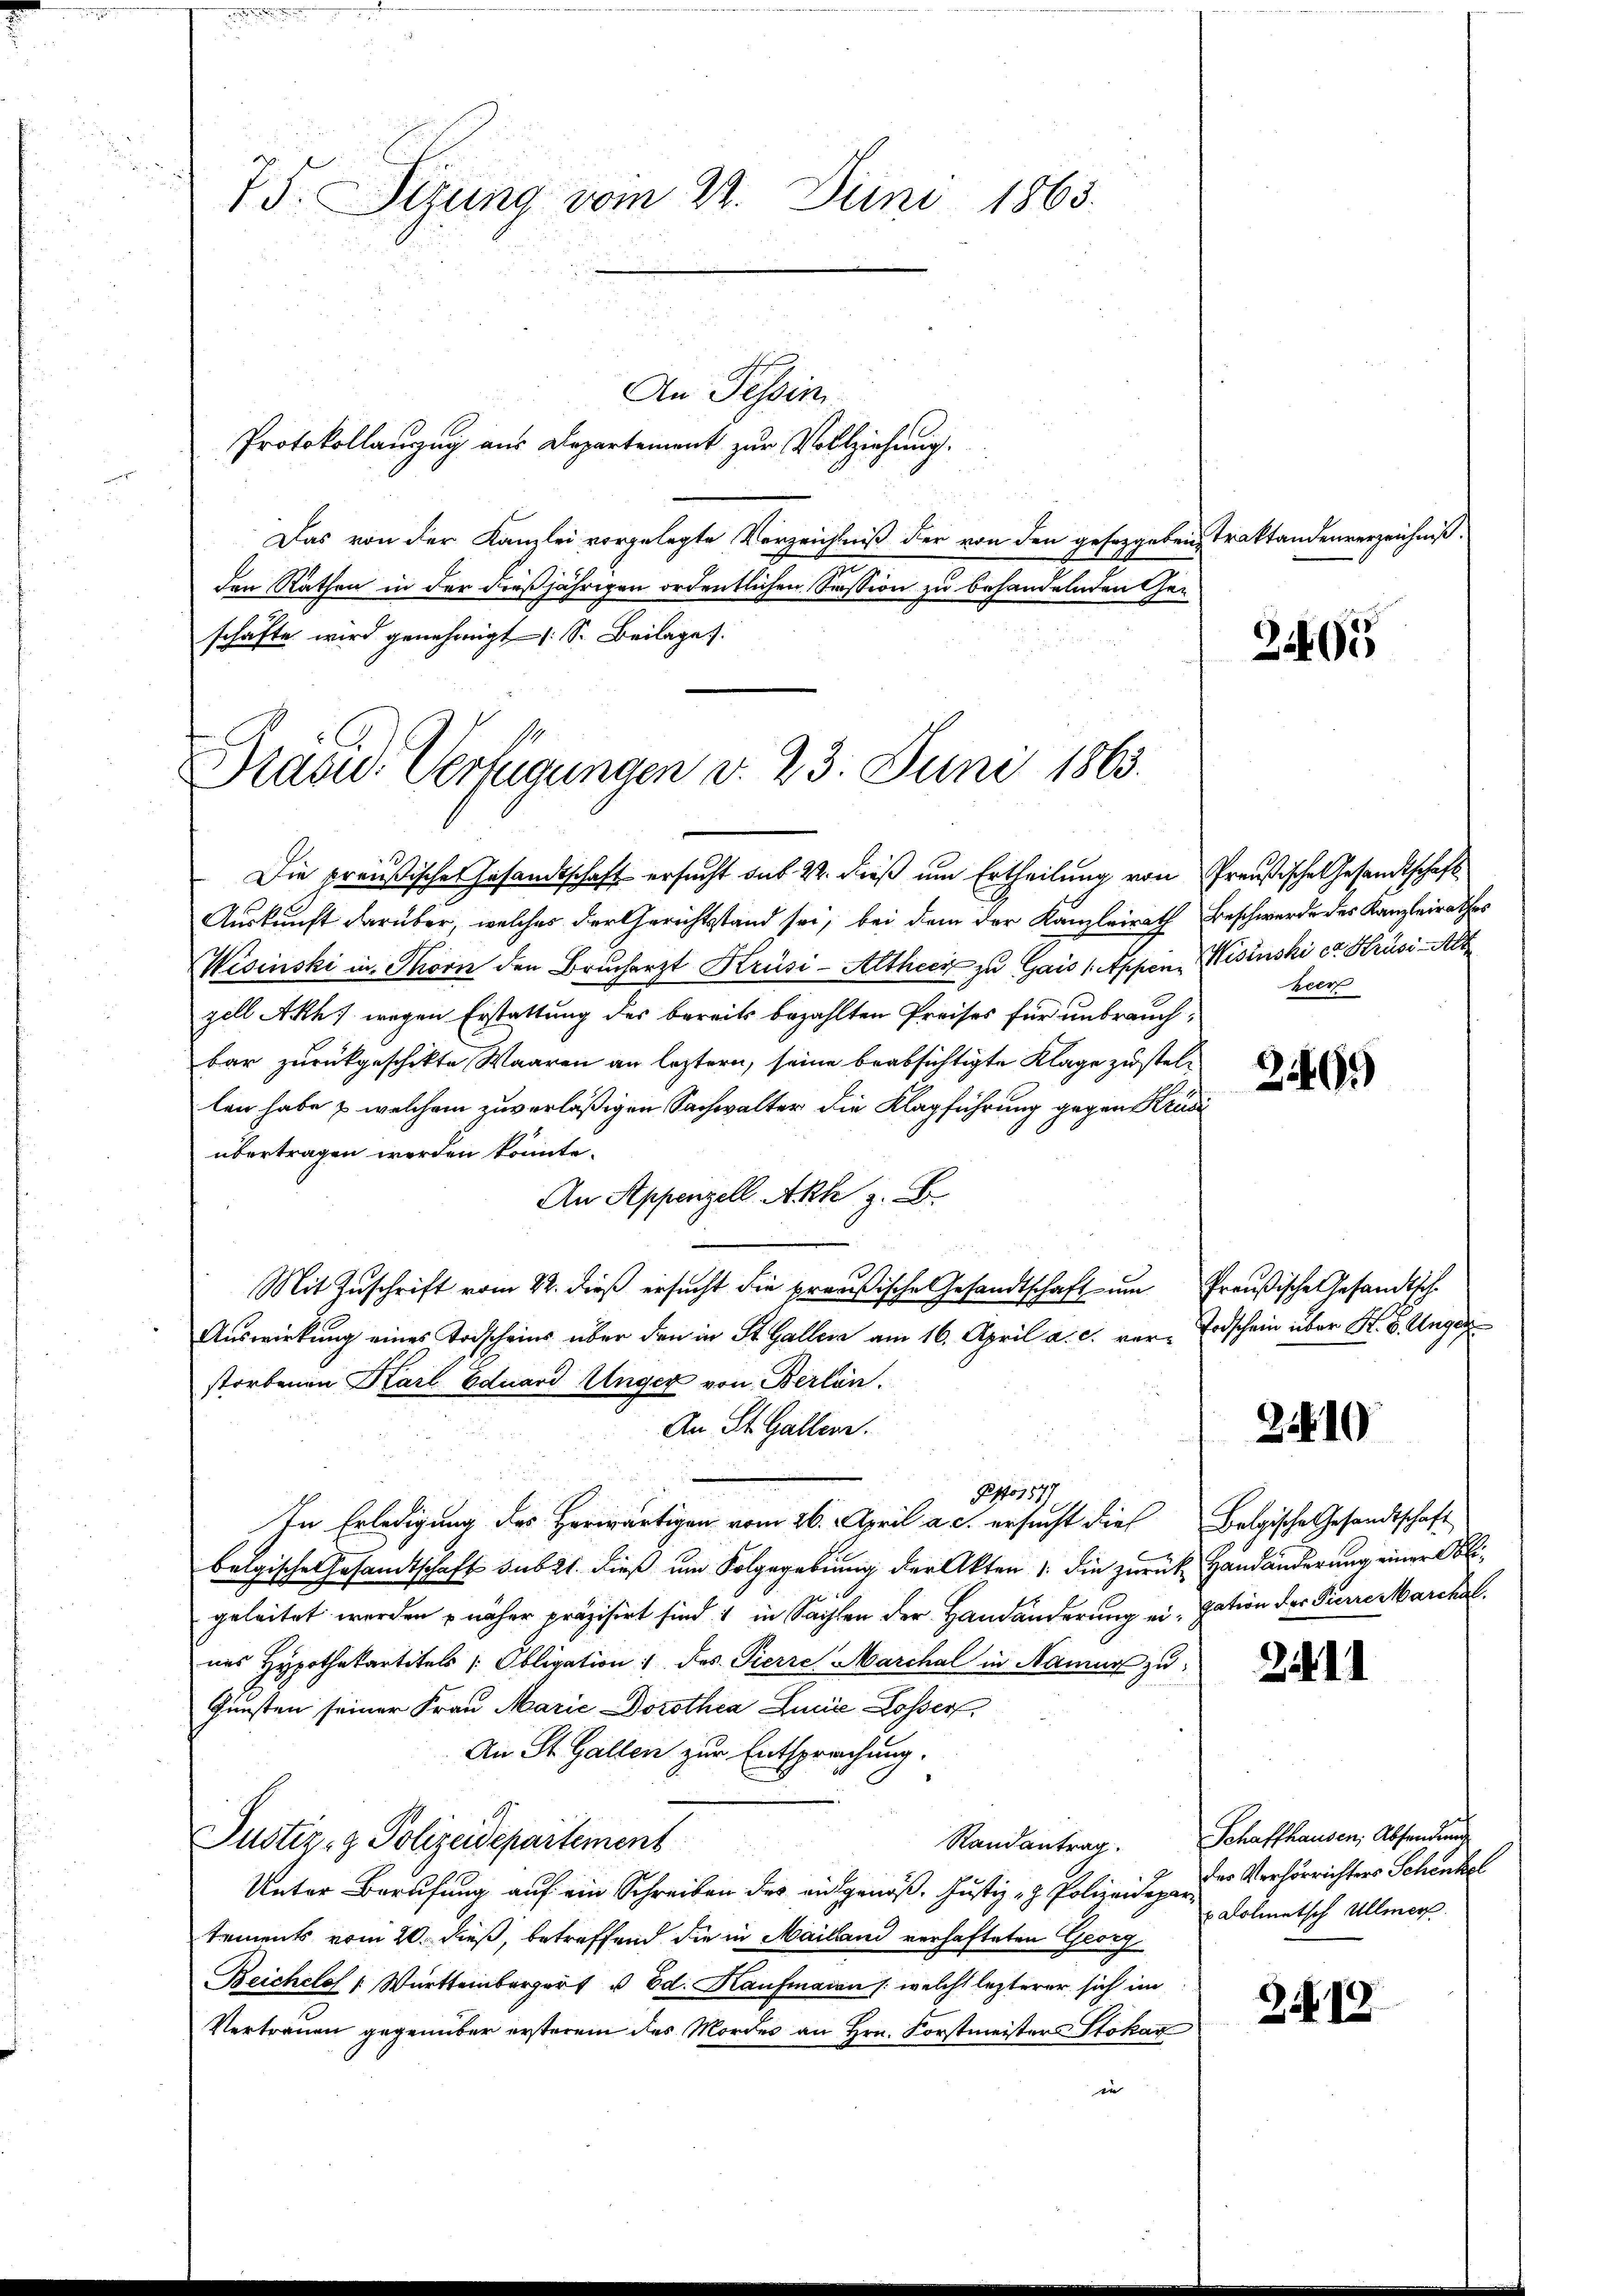
75. Sizung vom 22. Juni 1863.

An Tessin
Protokollanzug aus Departement zur Vollziehung.
Das von der Kanzlei vorgelegte Verzeichniß der von den gesetzgeben Traktandenverzeichniß.
den Räthen in der dießjährigen ordentlichen Session zu behandelnden Geschäfte wird genehmigt (S. Beilages.

Brand. Verfügungen d. 23. Juni 1863.

Die preußische Gesandtschaft ersucht sub 22. dieß um Ertheilung von Preußische Gesandtschaft
Auskunft darüber, welches der Gerichtsstand sei, bei dem der Kanzleirath Beschwerde des Kanzleirathes
Wisinski in Thorn den Brucharzt Krüsi-Altheer zu Gais (Appen Wisinski er Krusi-Alt
gell Ach, wegen Erstattung des bereits bezahlten Preises für unbrauchbar zurückgeschikte Waaren an leztern, seine beabsichtigte Klage zustellen habe & welchem zuverläßigen Sachwalter die Klagführung gegen Krusi
übertragen werden könnte.
An Appenzell Akh z. B.
Mit Zuschrift vom 22. dieß ersucht die preußische Gesandtschaft ŭm Preußische Gesandtsche
Auswirkung eines Todscheins über den in St. Galler am 16. April a. c. vor- Todschein über St. B. Unger
storbenen Karl Eduard Unger von Berlin.
An St. Gallen.
Ao 1879
In Erledigung des Herwärtigen vom 26. April a. c. ersucht die Belgische Gesandtschaft
belgische Gesamtschaft sub 21. dieß um Folgegebung der Akten /: die zurück Handänderung einer Obligeleitet werden näher präzisirt sind 1 in Sachen der Handänderung ei-Hation der Furre Marchal
nes Hypothekartitels Obligation 1 des Pierre Marchal in Namen zu
Gunsten seiner Frau Marie Dorothea Linie Losser,
An St. Gallen zur Entsprachung.
Justiz- & Polizeidepartement
Randantrag.
9
Unter Berufung auf ein Schreiben des eidgenöß. Justiz- & Polizeide des Verhörrichters Schentel
tements vom 20. dieß, betreffend die in Mailland verhafteten Georg
Reichelos s Württembergert u. Ed. Kaufmann /: welche lezterer sich im
Vertrauen gegenüber ersterem des Mordes an Hrn. Forstmeisters Stokar
in

2405

beer

2499

3.10

2.11

Schaffhausen, Absendung
u Dolmetsch Ullmer.

3.12.